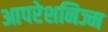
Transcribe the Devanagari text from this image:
आपरेशनिज्म